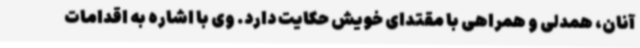
آنان، همدلی و همراهی با مقتدای خویش حکایت دارد. وی با اشاره به اقدامات